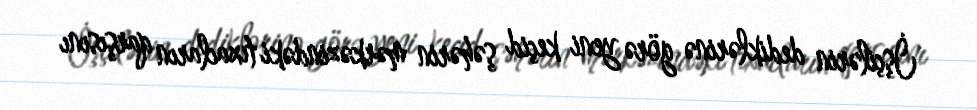
İşçilərin dediklərinə görə yeni keçid şəhərin mərkəzindəki tıxacların qarşısını